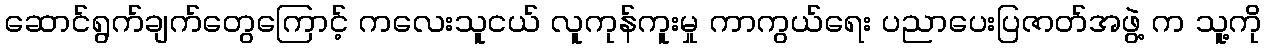
ဆောင်ရွက်ချက်တွေကြောင့် ကလေးသူငယ် လူကုန်ကူးမှု ကာကွယ်ရေး ပညာပေးပြဇာတ်အဖွဲ့ က သူ့ကို